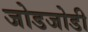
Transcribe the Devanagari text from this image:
जोडजोडी